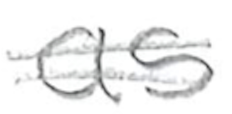
Text: as
Cross-out: double-line
Writing tool: pencil